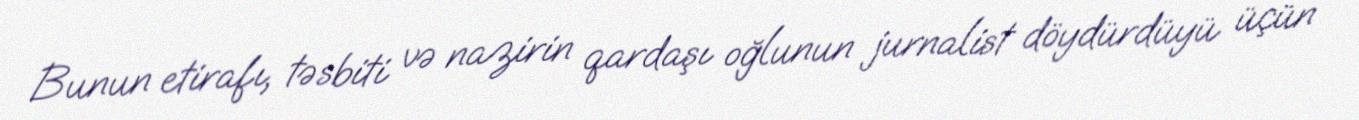
Bunun etirafı, təsbiti və nazirin qardaşı oğlunun jurnalist döydürdüyü üçün